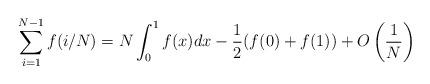
LaTeX: \begin{align*}\sum_{i = 1}^{N-1} f( i / N) &= N \int_0^1 f(x) dx - \frac{1}{2}( f(0) + f(1) ) + O\left(\frac{1}{N}\right)\end{align*}